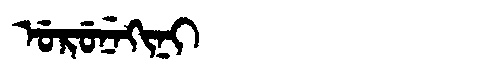
Manchu: ᡠᡵᡠᠨᡝᡴᡳᠨᡳ
Romanization: URUNEKINI